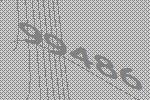
99486